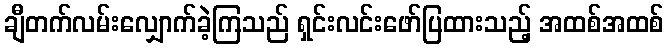
ချီတက်လမ်းလျှောက်ခဲ့ကြသည် ရှင်းလင်းဖော်ပြထားသည့် အထစ်အထစ်